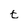
Character: t